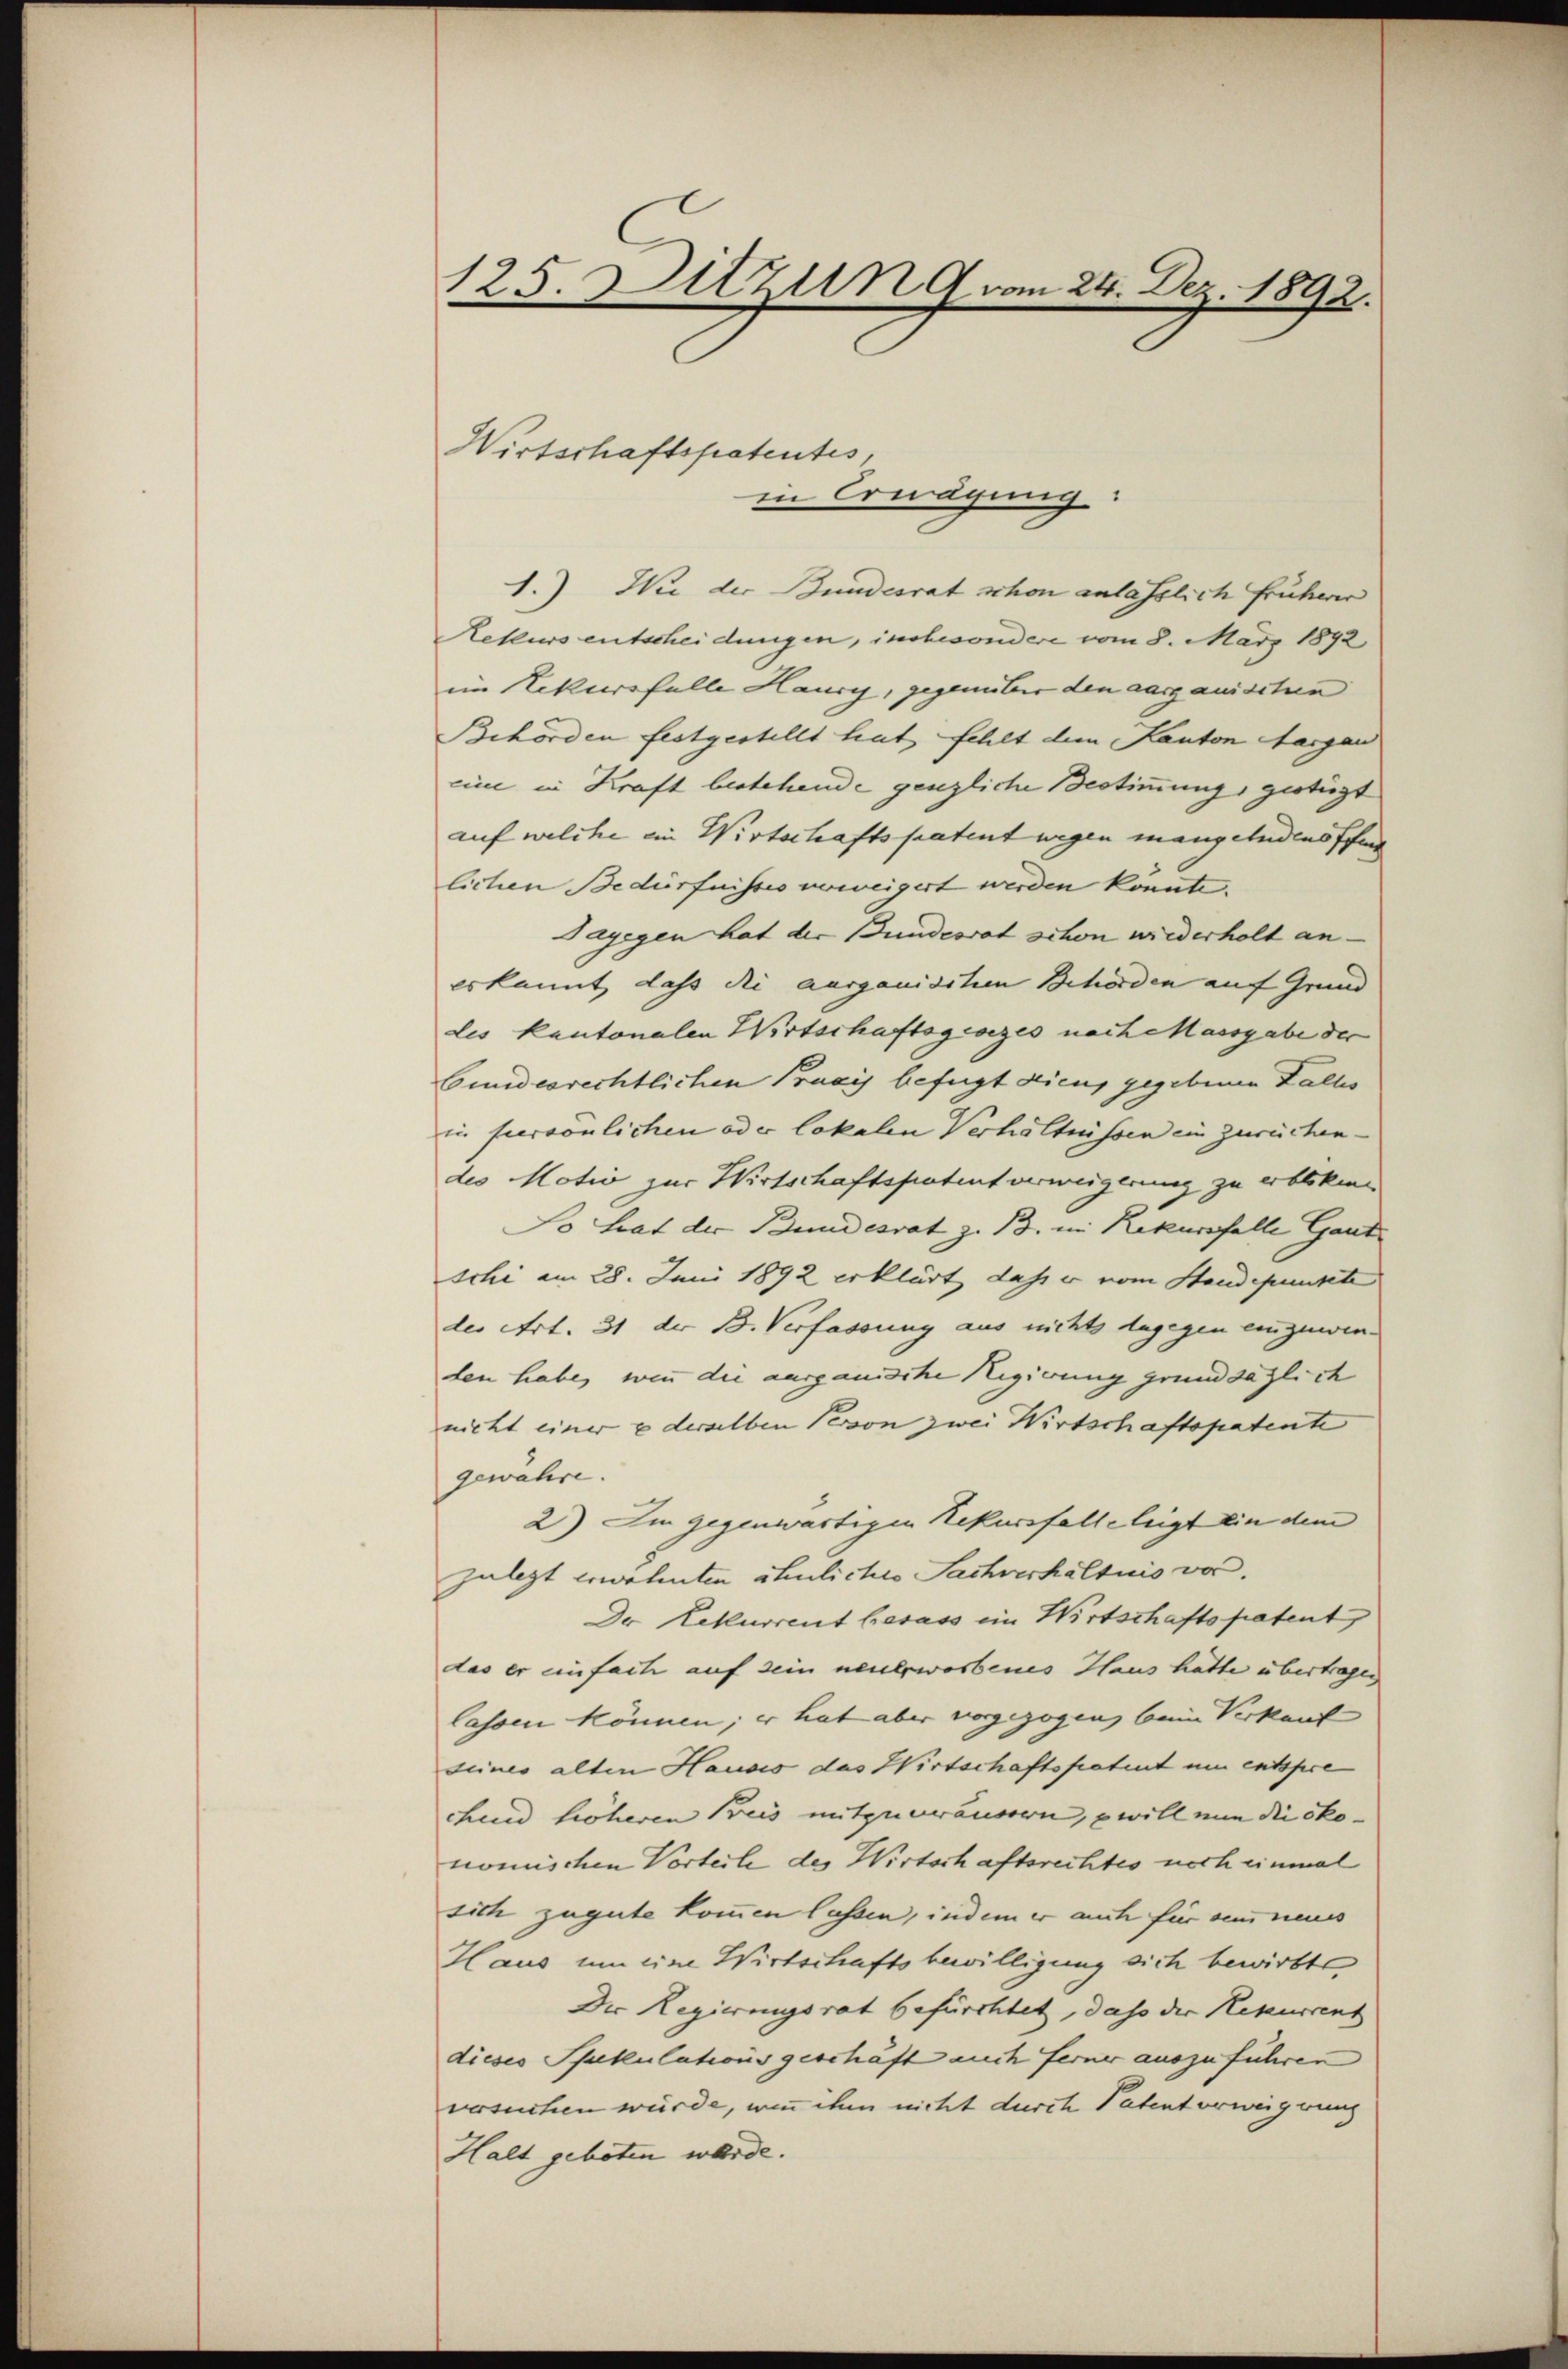
125. Ditzung vom 24. Dez. 1892.

1.) Wie der Bundesrat schon anlässlich früherer
Rekurs entscheidungen, insbesondere vom 8. März 1892
im Rekursfalle Haury, gegenüber den aargauischen
Behörden festgestellt hat fehlt dem Kanton Aargau
cine in Kraft bestehende genzliche Bestimmung, gestüzt
auf welche ein Wirtschaftspatent wegen mangelndenoffend
lichen Bedürfnisses verweigert werden könnte.
Sagegen hat der Bundesrat schon wiederholt an-
es kannt, dass die ausganisiten Behörden auf Grund
des kantonalen Wirtschaftsgesezes nach Massgabe der
bundesrechtlichen Praxis befugt dicus gegebenen Falles
in hiersönlichen oder lokalen Verhältnissen ein zurückendes Motiv zur Wirtschaftspatent verweigerung zu erbliken
So trat der Bundesrat z. B. in Rekursfalle Gard
schi am 28. Juni 1892 erklärt, dass er vom Staudepunkte
der Art. 31 der B. Verfassung aus nichts dagegen einzuwen-
den habe, wenn die ausganische Regierung grundsazlich
nicht einer u derselben Person zwei Wirtschaftspatente
gewahre.
2) Im gegenwärtigen Rekursfalleleigt ein dem
zulezt erwähnten Schuliches Sachverhältnis vor.
Der Rekurrent besass ein Wirtschaftspatent
das er einfach auf sein neuerworbenes Haus hatte übertragen
lassen können; er hat aber vorgezogen, beim Verkauf
seines alten Hausis das Wirtschaftspatent um entspre
chend höheren Beis mitzuveräussern, will nun die ökonomischen Vorteile des Wirtschaftsrechtes noch einmal
sich zugute kommen lassen, indem er auch für sei neues
Haus um eine Wirtschaftsbewilligung sich bewirkte
Der Regierungsrat befürchtet, dass der Rekurrent
dieses Spekulationsgeschäft auch ferner auszuführen
versuchen würde, wenn ihm nicht durch Patent verweigerung
Halt geboten wurde.

Wirtschaftspatentes,

in Erwägung: